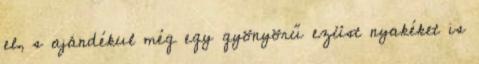
el, s ajándékul még egy gyönyörű ezüst nyakéket is